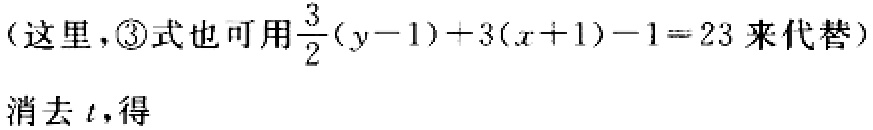
（这里，\textcircled{3}式也可用\(\frac{3}{2}(y - 1)+3(x + 1)-1 = 23\)来代替）
消去 \(t\)，得